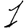
Digit: 1